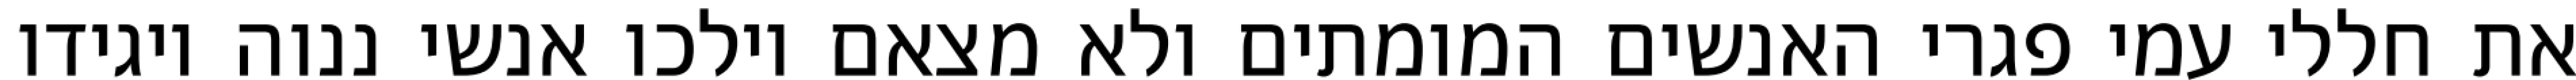
את חללי עמי פגרי האנשים המומתים ולא מצאם וילכו אנשי ננוה ויגידו